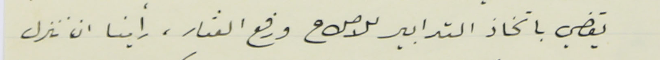
يقضي باتخاذ التدابير للاصلاح ورفع العثار، رأينا ان تنزل